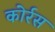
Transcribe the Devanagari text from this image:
कोर्रस